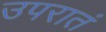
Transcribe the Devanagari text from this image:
उपरातं